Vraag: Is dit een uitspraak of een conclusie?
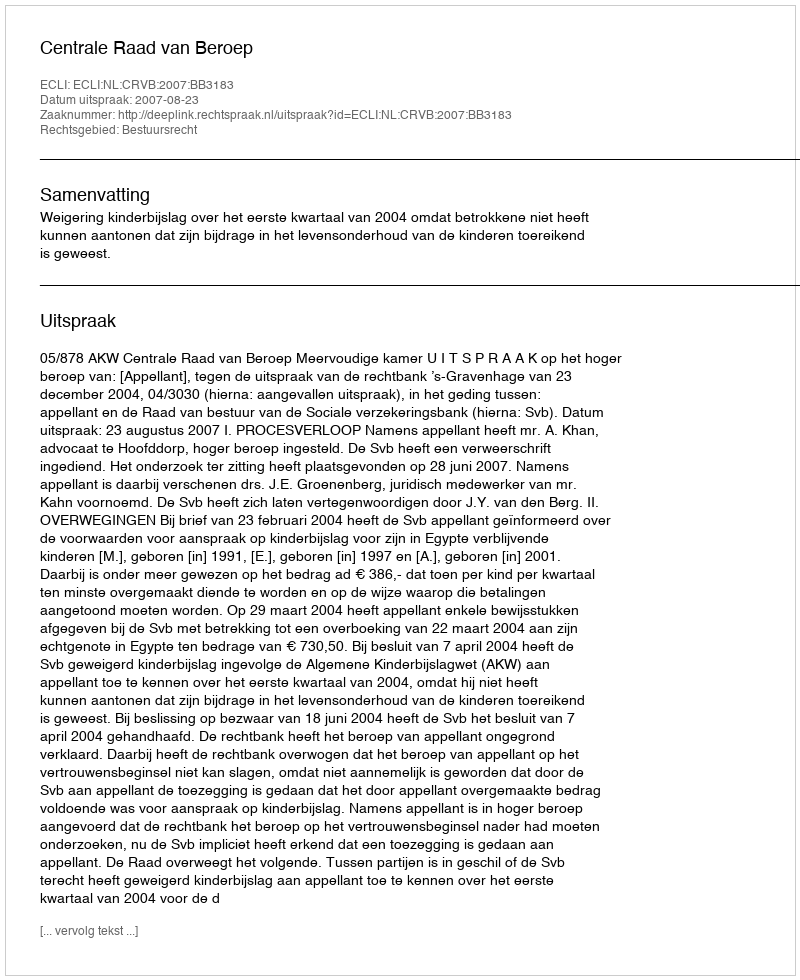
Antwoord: Uitspraak